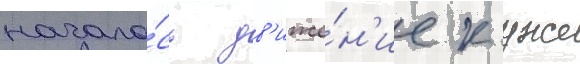
начало́сь дв'иже́н'ие к уже